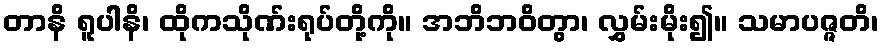
တာနိ ရူပါနိ၊ ထိုကသိုဏ်းရုပ်တို့ကို။ အဘိဘဝိတွာ၊ လွှမ်းမိုး၍။ သမာပဇ္ဇတိ၊